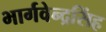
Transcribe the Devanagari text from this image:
भार्गवेन्द्रसिंह